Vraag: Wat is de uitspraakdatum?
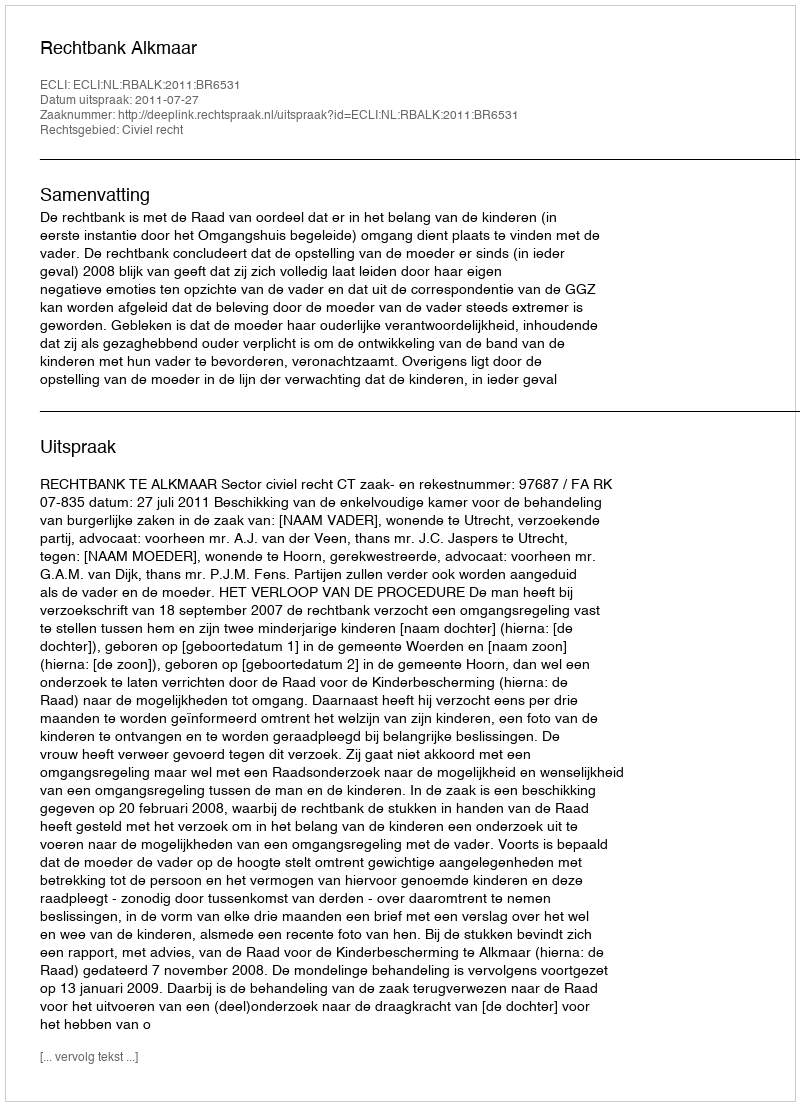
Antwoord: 2011-07-27